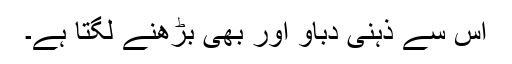
اس سے ذہنی دباؤ اور بھی بڑھنے لگتا ہے۔